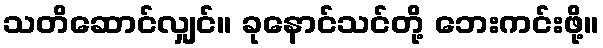
သတိဆောင်လျှင်။ ခုနောင်သင်တို့ ဘေးကင်းဖို့။